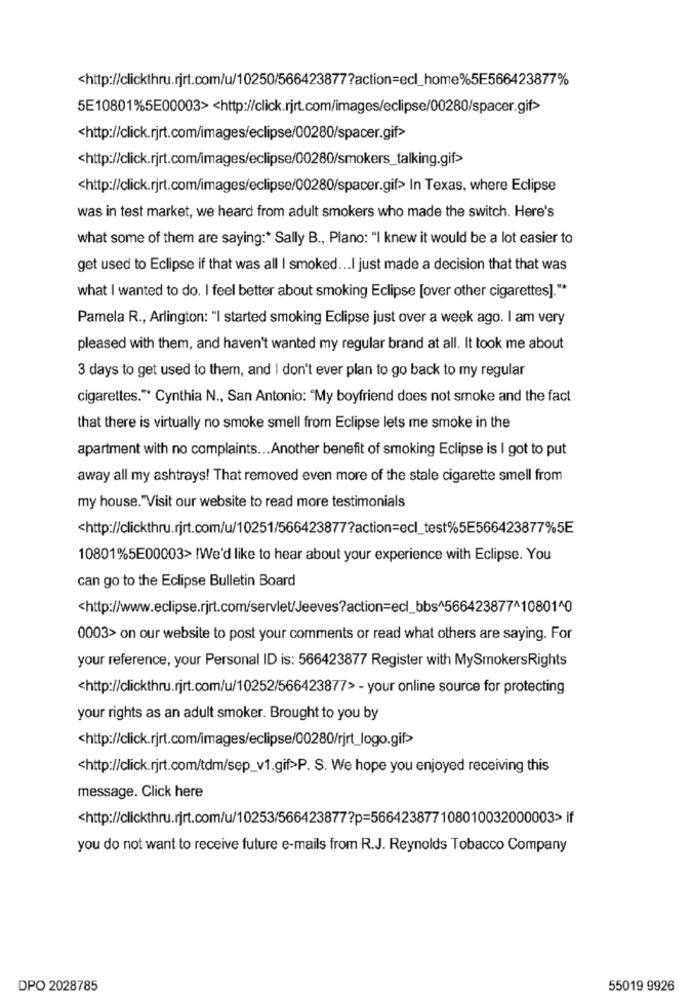
<http://clickthru.rjrt.com/u/10250/566423877?action=ecl_home%5E566423877%
5E10801%5E00003><http://click.rjrt.com/images/eclipse/00280/spacer.gif>
<http://click.rjrt.com/images/eclipse/00280/spacer.gif>
<http://click.rjrt.com/images/eclipse/00280/smokers_talking.gif>
<http://click.rjrt.com/images/eclipse/00280/spacer.gif> In Texas, where Eclipse
was in test market, we heard from adult smokers who made the switch. Here's
what some of them are saying :* Sally B ., Plano: "I knew it would be a lot easier to
get used to Eclipse if that was all | smoked ... I just made a decision that that was
what I wanted to do. I feel better about smoking Eclipse [over other cigarettes]."*
Pamela R ., Arlington: "I started smoking Eclipse just over a week ago. I am very
pleased with them, and haven't wanted my regular brand at all. It took me about
3 days to get used to them, and I don't ever plan to go back to my regular
cigarettes."* Cynthia N ., San Antonio: "My boyfriend does not smoke and the fact
that there is virtually no smoke smell from Eclipse lets me smoke in the
apartment with no complaints ... Another benefit of smoking Eclipse is I got to put
away all my ashtrays! That removed even more of the stale cigarette smell from
my house."Visit our website to read more testimonials
<http://clickthru.rjrt.com/u/10251/566423877?action=ecl_test%5E566423877%5E
10801%5E00003> !We'd like to hear about your experience with Eclipse. You
can go to the Eclipse Bulletin Board
<http://www.eclipse.rjrt.com/servlet/Jeeves?action=ecl_bbs^566423877^10801^0
0003> on our website to post your comments or read what others are saying. For
your reference, your Personal ID is: 566423877 Register with MySmokersRights
<http://clickthru.rjrt.com/u/10252/566423877> - your online source for protecting
your rights as an adult smoker. Brought to you by
<http://click.rjrt.com/images/eclipse/00280/rjrt_logo.gif>
<http://click.rjrt.com/tdm/sep_v1.gif>P. S. We hope you enjoyed receiving this
message. Click here
<http://clickthru.rjrt.com/u/10253/566423877?p=566423877108010032000003> if
you do not want to receive future e-mails from R.J. Reynolds Tobacco Company
DPO 2028785
55019 9926